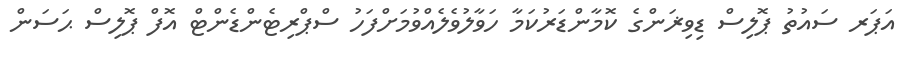
އަޕަރ ސައުތު ޕޮލިސް ޑިވިޜަންގެ ކޮމާންޑަރުކަމާ ހަވާލުވެލެއްވުމަށްފަހު ސްޕްރިޓެންޑެންޓް އޮފް ޕޮލިސް ޙަސަން